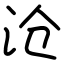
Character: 沧